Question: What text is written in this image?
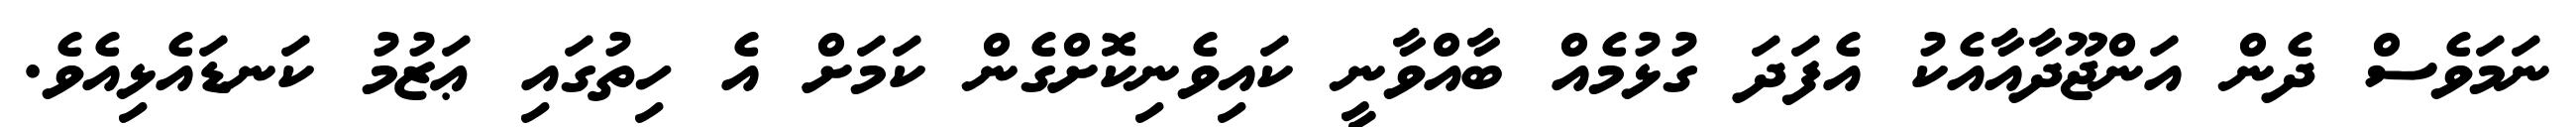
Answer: ނަމަވެސް ދެން އަންޖޫދާއާއެކު އެފަދަ ގުޅުމެއް ބާއްވާނީ ކައިވެނިކޮށްގެން ކަމަށް އެ ހިތުގައި ޢަޒުމު ކަނޑައެޅިއެވެ.